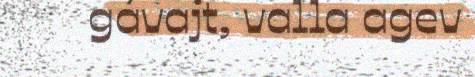
gávajt, valla agev